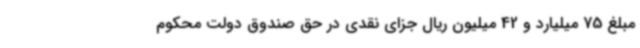
مبلغ 75 میلیارد و 42 میلیون ریال جزای نقدی در حق صندوق دولت محکوم